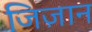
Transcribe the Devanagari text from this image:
जिज़ान